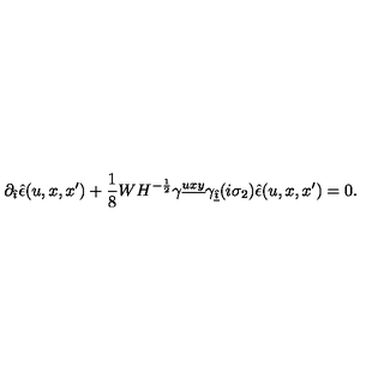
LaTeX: \partial _ { \hat { \imath } } \hat { \epsilon } ( u , x , x ^ { \prime } ) + { \frac { 1 } { 8 } } W H ^ { - \frac { 1 } { 2 } } \gamma ^ { \underline { { u x y } } } \gamma _ { \underline { { \hat { \imath } } } } ( i \sigma _ { 2 } ) \hat { \epsilon } ( u , x , x ^ { \prime } ) = 0 .